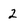
Character: 2